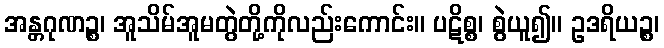
အန္တဂုဏဉ္စ၊ အူသိမ်အူမတွဲတို့ကိုလည်းကောင်း။ ပဋိစ္စ၊ စွဲယူ၍။ ဥဒရိယဉ္စ၊